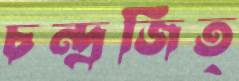
চন্দ্রজিত্